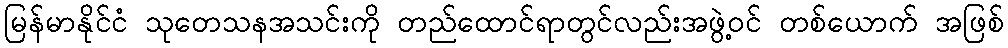
မြန်မာနိုင်ငံ သုတေသနအသင်းကို တည်ထောင်ရာတွင်လည်းအဖွဲ့ဝင် တစ်ယောက် အဖြစ်